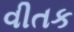
વીતક